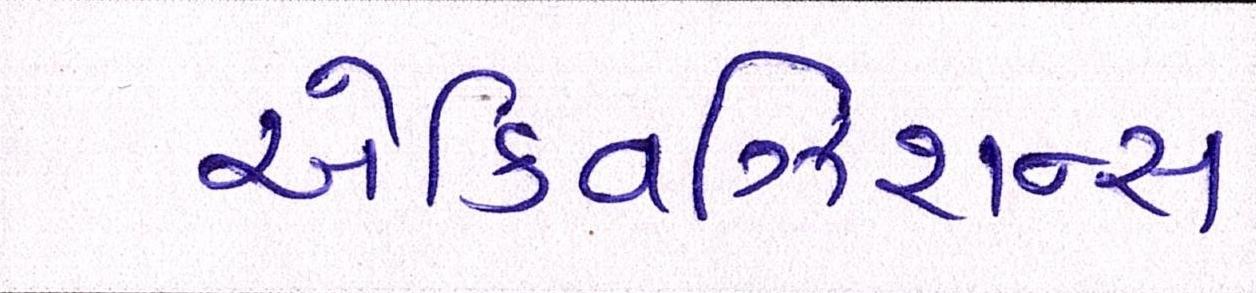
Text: એક્વિઝિશન્સ